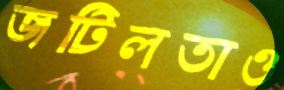
জটিলতাও